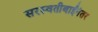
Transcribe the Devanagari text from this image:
सरस्वतीबाईंनंतर